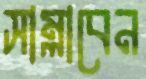
সাম্‌লাবেন